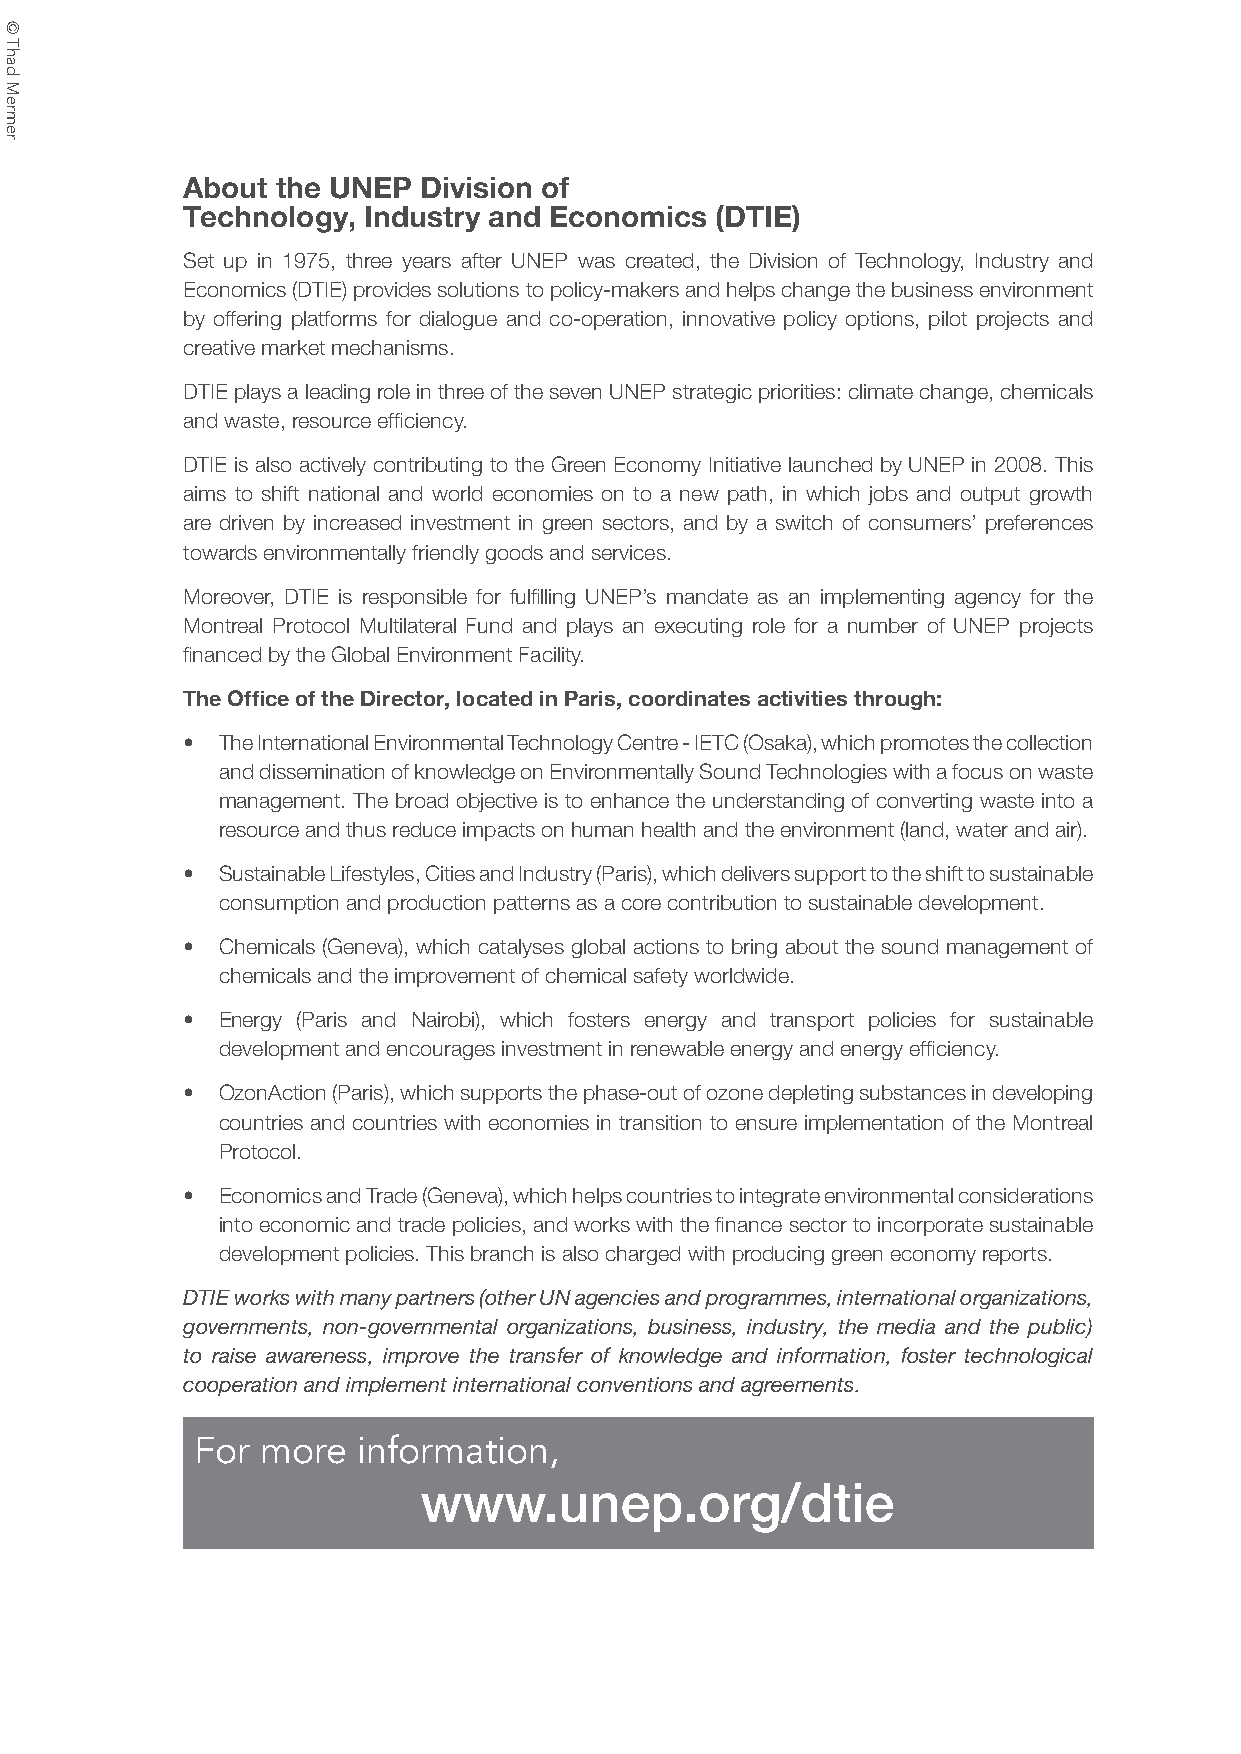
About the UNEP  Division of
 Technology, Industry and Economics (DTIE)
 Set up in 1975, three years after UNEP was created, the Division of Technology, Industry and
 Economics (DTIE) provides solutions to policy-makers and helps change the business environment
 by offering platforms for dialogue and co-operation, innovative policy options, pilot projects and
 creative market mechanisms.
 DTIE plays a leading role in three of the seven UNEP strategic priorities: climate change, chemicals
 and waste, resource efficiency.
 DTIE is also actively contributing to the Green Economy Initiative launched by UNEP in 2008. This
 aims to shift national and world economies on to a new path, in which jobs and output growth
 are driven by increased investment in green sectors, and by a switch of consumers’ preferences
 towards environmentally friendly goods and services.
 Moreover, DTIE is responsible for fulfilling UNEP’s mandate as an implementing agency for the
 Montreal Protocol Multilateral Fund and plays an executing role for a number of UNEP projects
 financed by the Global Environment Facility.
 The Office of the Director, located in Paris, coordinates activities through:
 • The International Environmental Technology Centre - IETC (Osaka), which promotes the collection
 and dissemination of knowledge on Environmentally Sound Technologies with a focus on waste
 management. The broad objective is to enhance the understanding of converting waste into a
 resource and thus reduce impacts on human health and the environment (land, water and air).
 • Sustainable Lifestyles, Cities and Industry (Paris), which delivers support to the shift to sustainable
 consumption and production patterns as a core contribution to sustainable development.
 • Chemicals (Geneva), which catalyses global actions to bring about the sound management of
 chemicals and the improvement of chemical safety worldwide.
 • Energy (Paris and Nairobi), which fosters energy and transport policies for sustainable
 development and encourages investment in renewable energy and energy efficiency.
 • OzonAction (Paris), which supports the phase-out of ozone depleting substances in developing
 countries and countries with economies in transition to ensure implementation of the Montreal
 Protocol.
 • Economics and Trade (Geneva), which helps countries to integrate environmental considerations
 into economic and trade policies, and works with the finance sector to incorporate sustainable
 development policies. This branch is also charged with producing green economy reports.
 DTIE works with many partners (other UN agencies and programmes, international organizations,
 governments, non-governmental organizations, business, industry, the media and the public)
 to raise awareness, improve the transfer of knowledge and information, foster technological
 cooperation and implement international conventions and agreements.
 For more   information,
 www.unep.org/dtie
 ©
 Thad
 Mermer